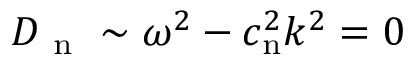
D _ { \mathrm { ~ n ~ } } \sim \omega ^ { 2 } - c _ { \mathrm { n } } ^ { 2 } k ^ { 2 } = 0